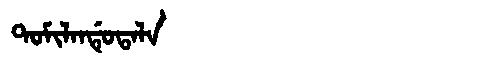
Manchu: ᡨᠣᠮᡳᠯᠠᠨᡩᡠᡨᠠᠯᠠ
Romanization: TOMILANDUTALA